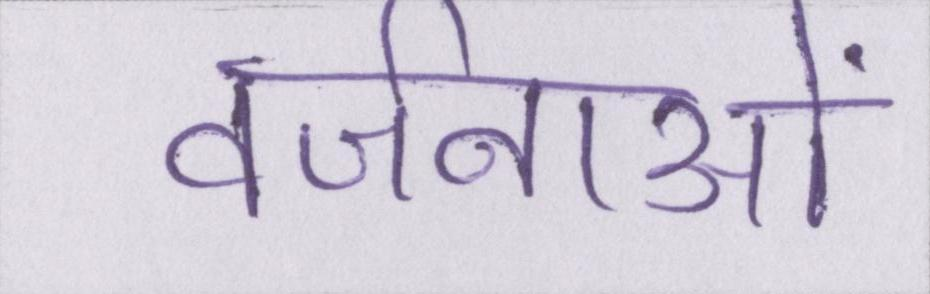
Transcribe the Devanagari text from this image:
वर्जनाओं